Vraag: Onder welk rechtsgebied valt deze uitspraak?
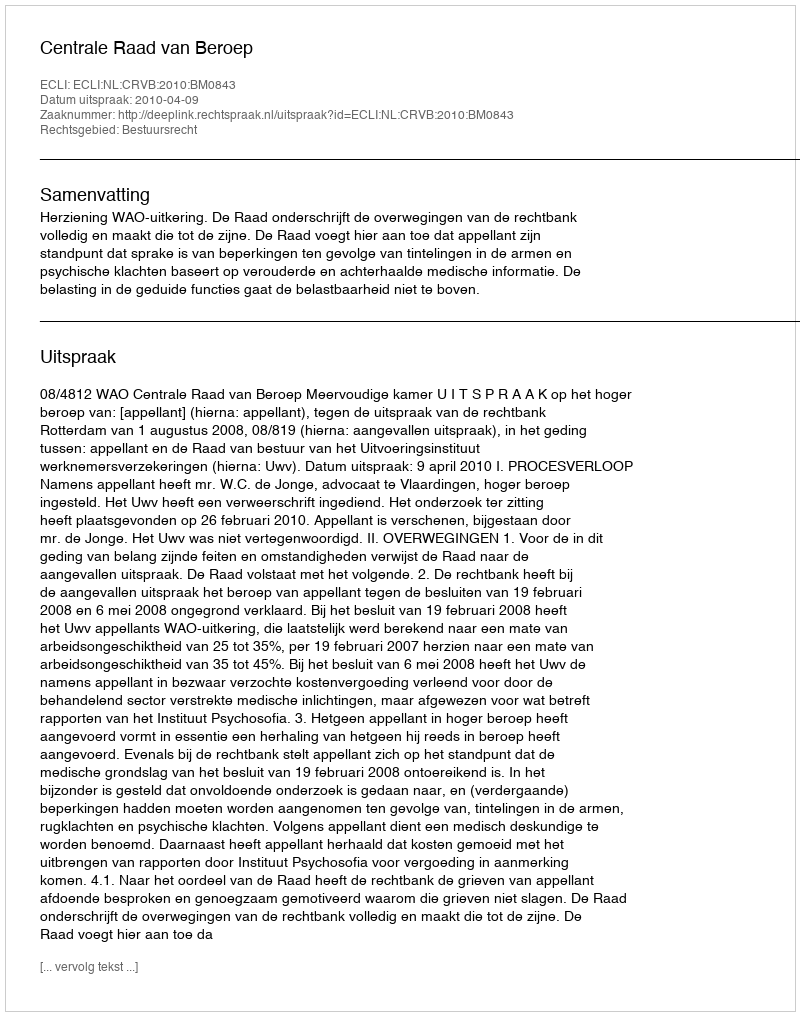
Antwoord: Bestuursrecht